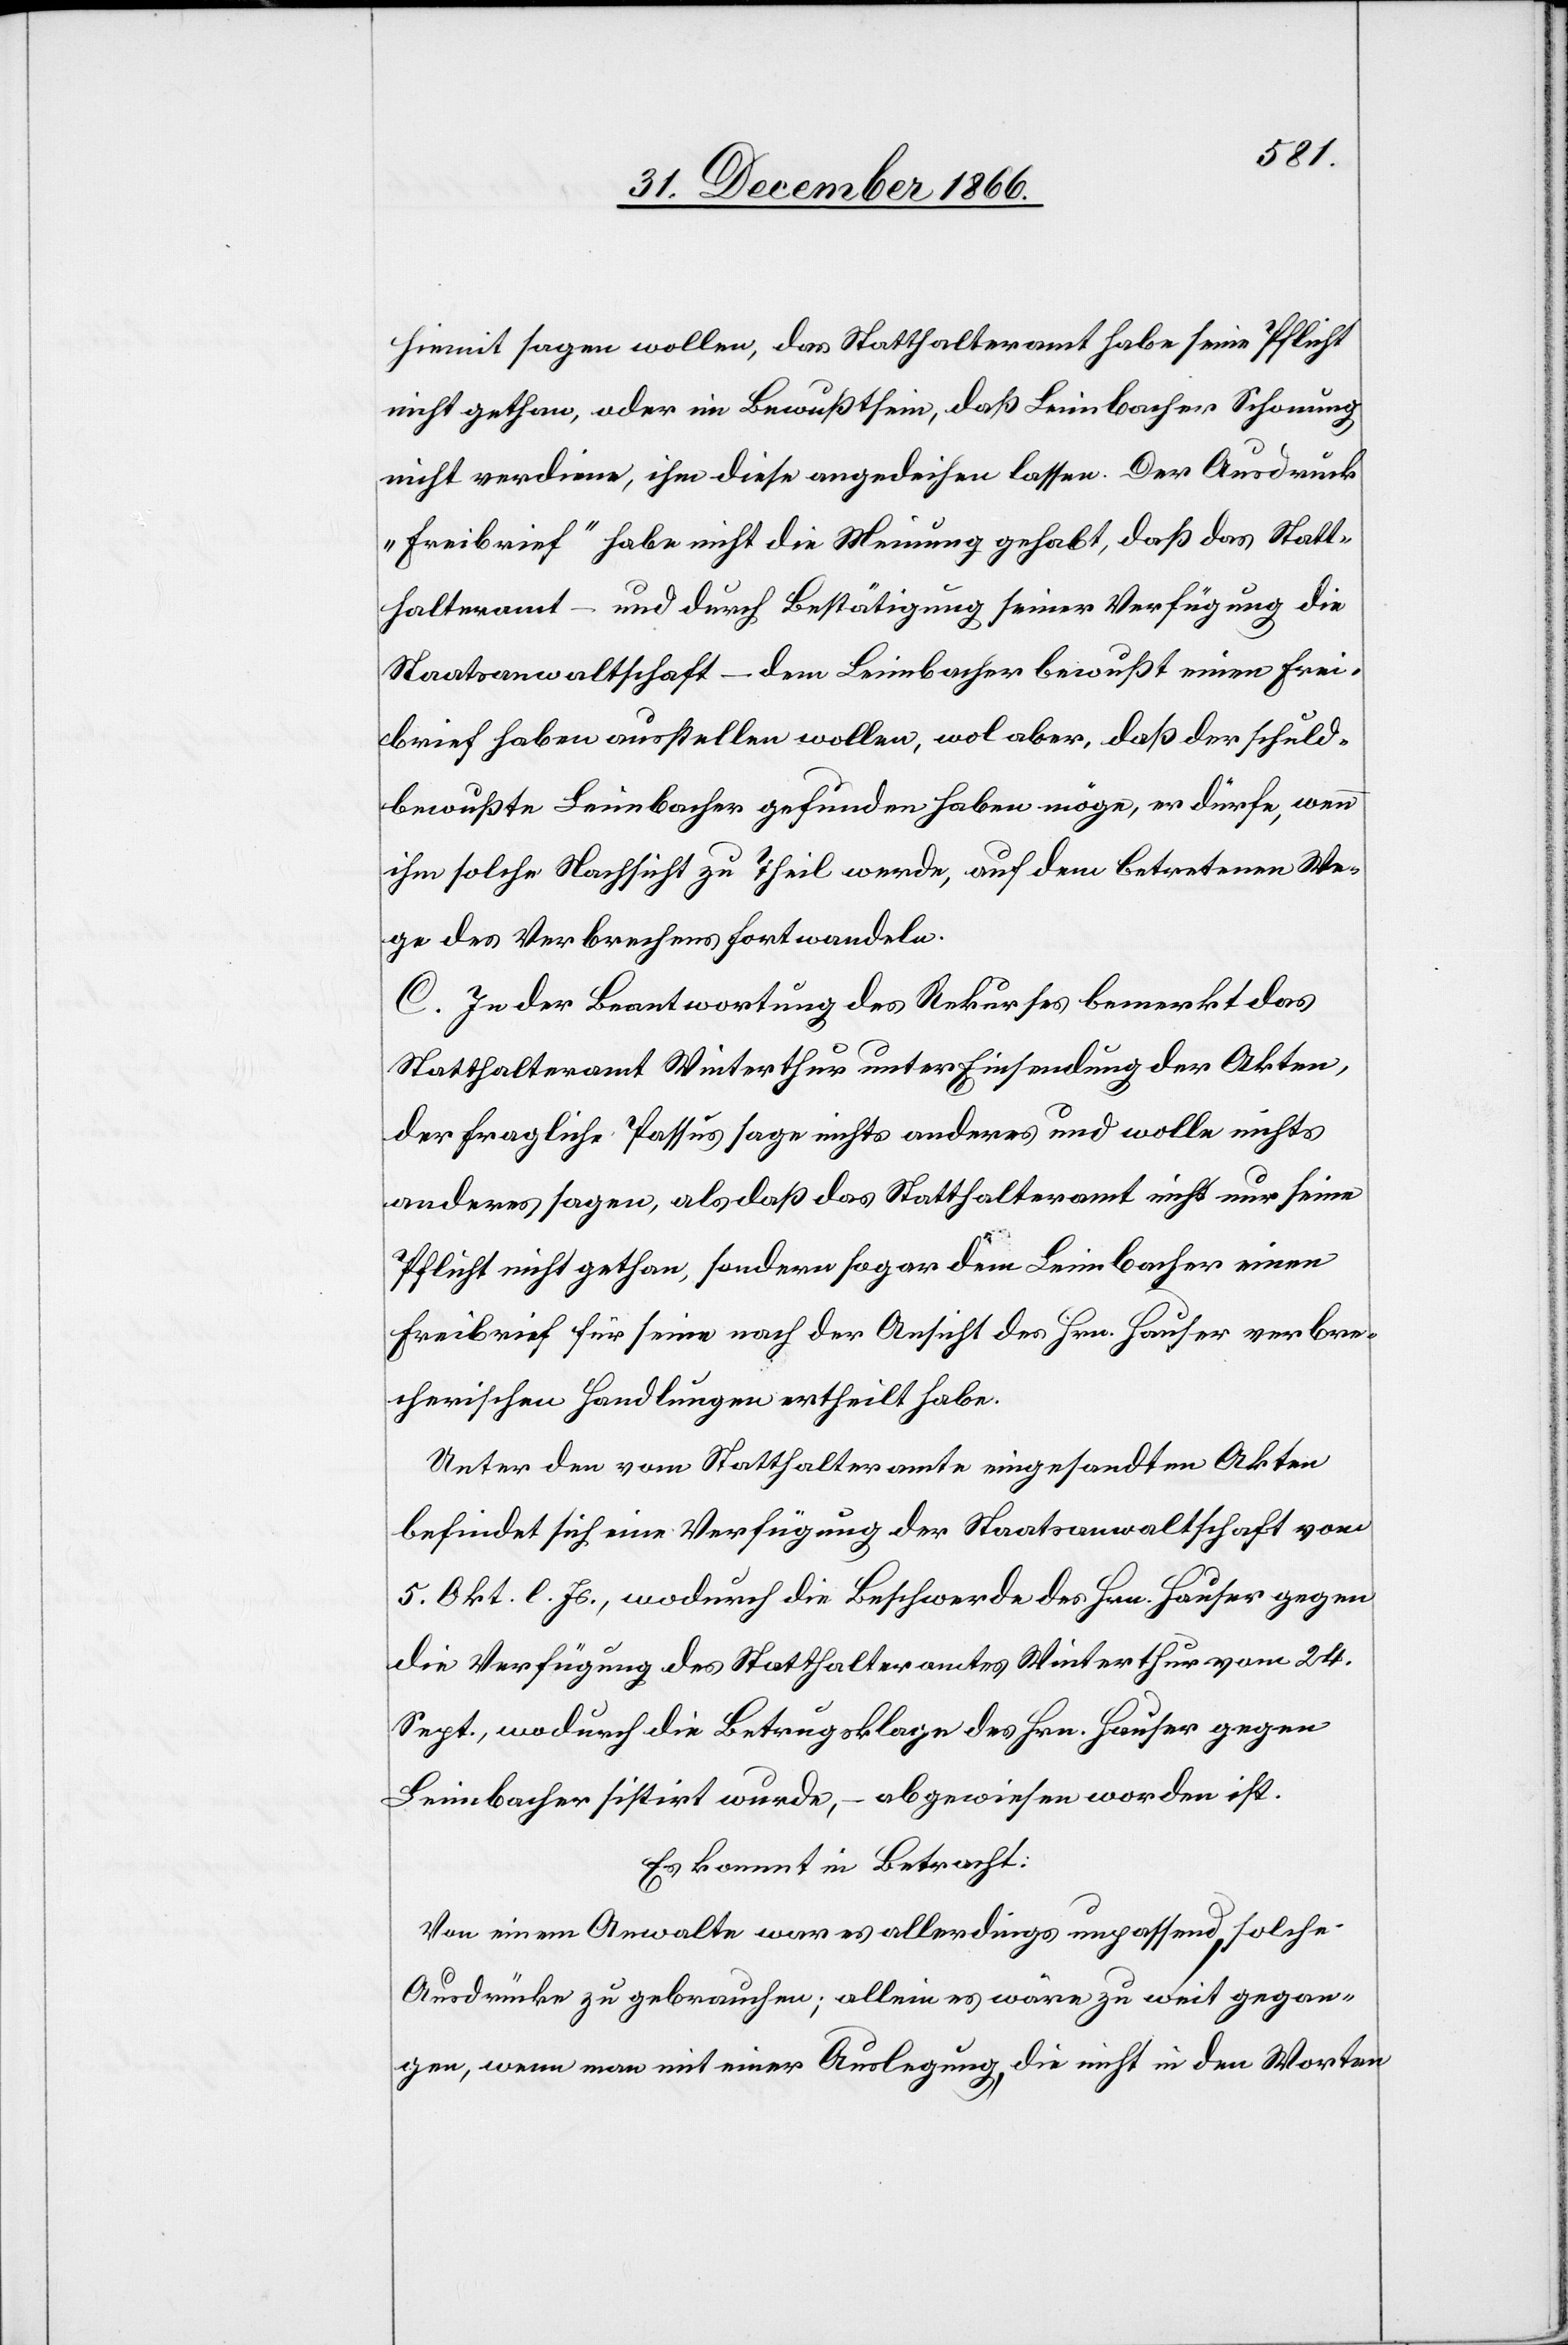
hiemit sagen wollen, das Statthalteramt habe seine Pflicht
nicht gethan, oder im Bewußtsein, daß Leimbacher Schonung
nicht verdiene, ihm diese angedeihen lassen. Der Ausdruck
„Freibrief“ habe nicht die Meinung gehabt, daß das Statt¬
halteramt – und durch Bestätigung seiner Verfügung die
Staatsanwaltschaft – dem Leimbacher bewußt einen Frei¬
brief haben ausstellen wollen, wol aber, daß der schuld¬
bewußte Leimbacher gefunden haben möge, er dürfe, wenn
ihm solche Nachsicht zu Theil werde, auf dem betretenen We¬
ge des Verbrechens fortwandeln.
C. In der Beantwortung des Rekurses bemerkt das
Statthalteramt Winterthur unter Einsendung der Akten,
der fragliche Passus sage nichts anderes und wolle nichts
anderes sagen, als daß das Statthalteramt nicht nur seine
Pflicht nicht gethan, sondern sogar dem Leimbacher einen
Freibrief für seine nach der Ansicht des Hrn. Hauser verbre¬
cherischen Handlungen ertheilt habe.
Unter den vom Statthalteramte eingesandten Akten
befindet sich eine Verfügung der Staatsanwaltschaft vom
5. Okt. l. Js., wodurch die Beschwerde des Hrn. Hauser gegen
die Verfügung des Statthalteramtes Winterthur vom 24.
Sept., wodurch die Betrugsklage des Hrn. Hauser gegen
Leimbacher sistirt wurde, – abgewiesen worden ist.
Es kommt in Betracht:
Von einem Anwalte war es allerdings unpassend, solche
Ausdrücke zu gebrauchen; allein es wäre zu weit gegan¬
gen, wenn man mit einer Auslegung, die nicht in den Worten